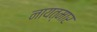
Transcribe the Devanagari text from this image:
नायत्मार